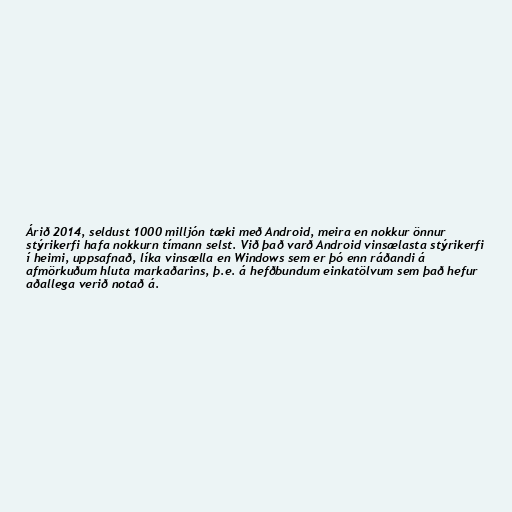
Árið 2014, seldust 1000 milljón tæki með Android, meira en nokkur önnur
stýrikerfi hafa nokkurn tímann selst. Við það varð Android vinsælasta stýrikerfi
í heimi, uppsafnað, líka vinsælla en Windows sem er þó enn ráðandi á
afmörkuðum hluta markaðarins, þ.e. á hefðbundum einkatölvum sem það hefur
aðallega verið notað á.